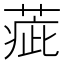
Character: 𦶉